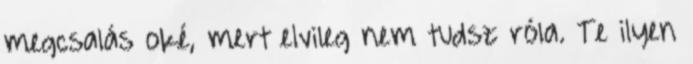
megcsalás oké, mert elvileg nem tudsz róla. Te ilyen